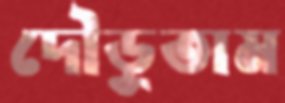
দৌড়ুতাম